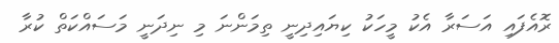
ރޮއެފައި އަސަރާ އެކު މީހަކު ކިޔައިދިނީ ތިމަންނަ މި ނިދަނީ މަސައްކަތް ކުރާ